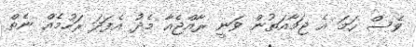
ވެސް ހަމަ އެ ޖަމާއަތުން ވަނީ ރާއްޖެއާ މެދު އެފަދަ ރަހުމެއް ނެތް